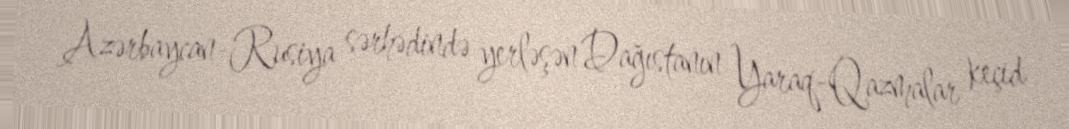
Azərbaycan-Rusiya sərhədində yerləşən Dağıstanın Yaraq-Qazmalar keçid